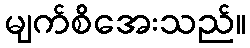
မျက်စိအေးသည်။